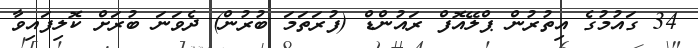
34 ގައުމުގެ އިތުރުން ޕްލޭއޮފް ރައުންޑް (ފުރަތަމަ ބުރުން) ދެވަނަ ބުރަށް ކޮލިފައިވާ